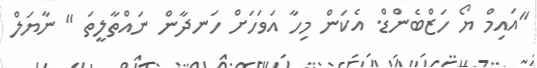
"އައިމް ޔޯ ހަޒްބެންޑް. އެކަން މިހާ އަވަހަށް ހަނދާން ނައްތާލީތަ " ނާޔަލް